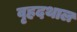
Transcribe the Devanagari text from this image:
वृहदथाल